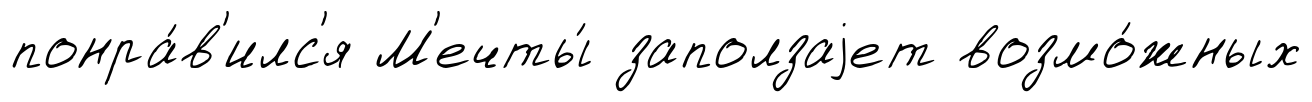
понра́в'илс'я М'ечты́ заползаjет возмо́жных